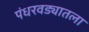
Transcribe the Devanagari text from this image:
पंधरवड्यातला